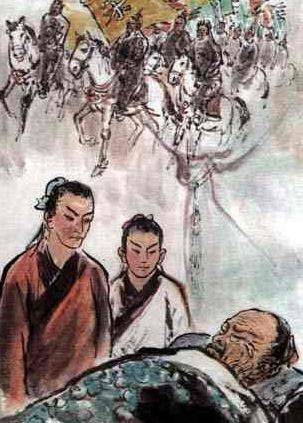
王师北定中原日，家祭无忘告乃翁。